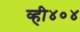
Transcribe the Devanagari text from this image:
व्ही४०४